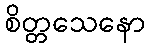
စိတ္တသေနော